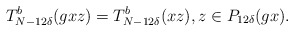
\begin{align*} T^b_{N - 12\delta}(gxz) = T^b_{N - 12\delta}(xz), z \in P_{12\delta}(gx).\end{align*}